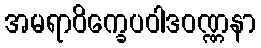
အမရာဝိက္ခေပဝါဒဝဏ္ဏနာ